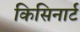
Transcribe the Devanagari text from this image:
किसिनार्ट